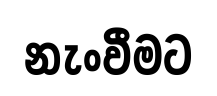
නැංවීමට